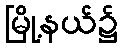
မြို့နယ်၌